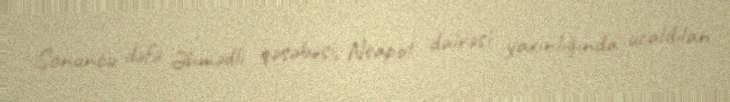
Sonuncu dəfə Əhmədli qəsəbəsi, Neapol dairəsi yaxınlığında ucaldılan